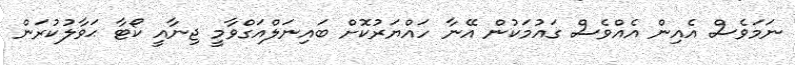
ނަމަވެސް އެއިން އެއްވެސް ގައުމަކުން އޭނާ ހައްޔަރުކޮށް ބައިނަލްއަގްވާމީ ޖިނާއީ ކޯޓާ ޙަވާލުކުރަން